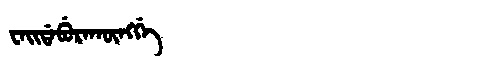
Manchu: ᠸᠠᡳᡩᠠᠪᡠᡵᠠᡴᡡᠩᡤᡝ
Romanization: WAIDABURAKŪNGGE